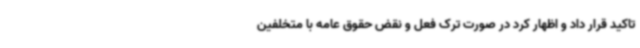
تاکید قرار داد و اظهار کرد در صورت ترک فعل و نقض حقوق عامه با متخلفین